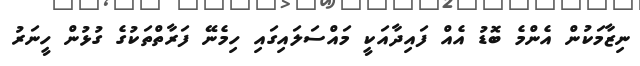
ނިޒާމަކުން އެންމެ ބޮޑު އެއް ފައިދާއަކީ މައްސަލައިގައި ހިމެނޭ ފަރާތްތަކުގެ ގުޅުން ހީނަރު